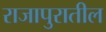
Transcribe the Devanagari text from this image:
राजापुरातील